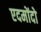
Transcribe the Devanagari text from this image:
एदमोंदो